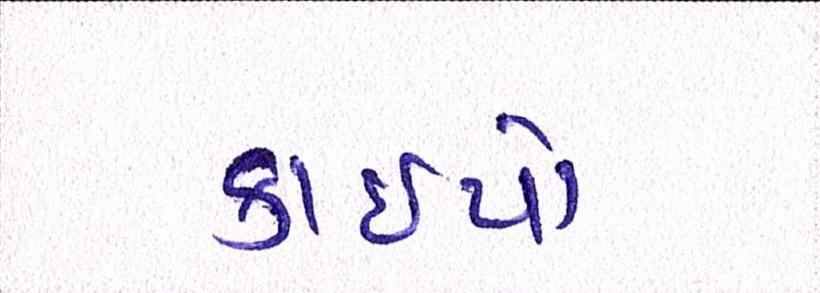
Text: કાઇપો